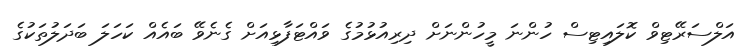
އަލްސަރޭޓިވް ކޮލައިޓިސް ހުންނަ މީހުންނަށް ދިރިއުޅުމުގެ ވައްޓަފާޅިއަށް ގެނެވޭ ބައެއް ކަހަލަ ބަދަލުތަކުގެ